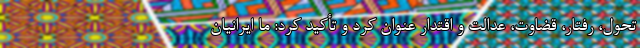
تحول، رفتار، قضاوت، عدالت و اقتدار عنوان کرد و تأکید کرد: ما ایرانیان